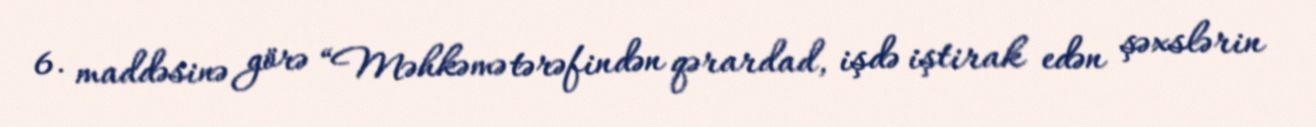
6. maddəsinə görə “Məhkəmə tərəfindən qərardad, işdə iştirak edən şəxslərin